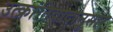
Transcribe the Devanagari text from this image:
उत्क्रांतिवादानुसार